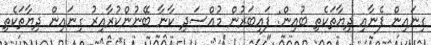
ގިނައިން ފެނާއި ދިޔާތަކެތި ބުއިން: ފައިބަރުން މުއްސަދި ކާނާ ބޭނުންކުރާއިރު ގިނައިން ދިޔާތަކެތި